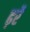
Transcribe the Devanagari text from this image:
ढ़र्रे